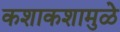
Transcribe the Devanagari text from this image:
कशाकशामुळे